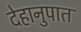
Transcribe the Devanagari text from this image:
देहानुपात